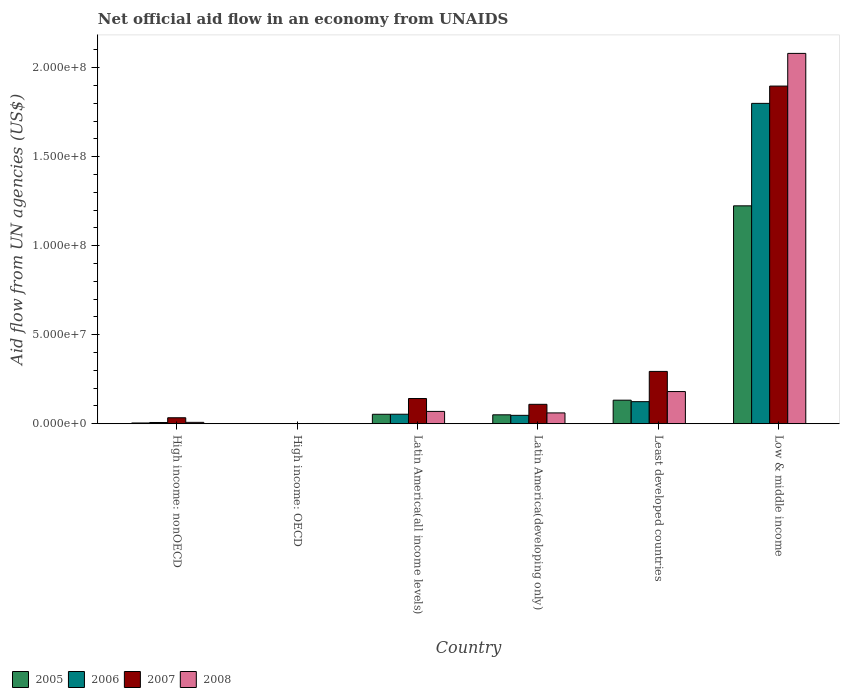
| Country | 2005 | 2006 | 2007 | 2008 |
 | --- | --- | --- | --- | --- |
 | High income: nonOECD | 4.3e+05 | 7e+05 | 3.36e+06 | 7.8e+05 |
 | High income: OECD | 8e+04 | 3e+04 | 7e+04 | 1.4e+05 |
 | Latin America(all income levels) | 5.32e+06 | 5.34e+06 | 1.42e+07 | 6.92e+06 |
 | Latin America(developing only) | 5.01e+06 | 4.72e+06 | 1.09e+07 | 6.08e+06 |
 | Least developed countries | 1.32e+07 | 1.24e+07 | 2.94e+07 | 1.81e+07 |
 | Low & middle income | 1.22e+08 | 1.8e+08 | 1.9e+08 | 2.08e+08 |